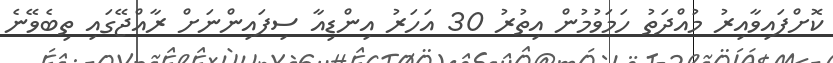
ކޮށްފައިވާއިރު މުއްދަތު ހަމަވުމުން އިތުރު 30 އަހަރު އިންޑިއާ ސިފައިންނަށް ރާއްޖޭގައި ތިބެވޭނެ